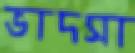
ভাদসা